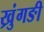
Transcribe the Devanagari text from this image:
ख्रुंगङी